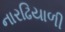
નારઢિયાળી